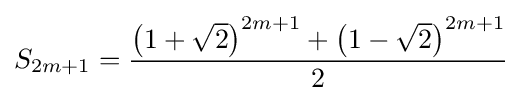
S_{2m+1}={\frac {\left(1+{\sqrt {2}}\right)^{2m+1}+\left(1-{\sqrt {2}}\right)^{2m+1}}{2}}